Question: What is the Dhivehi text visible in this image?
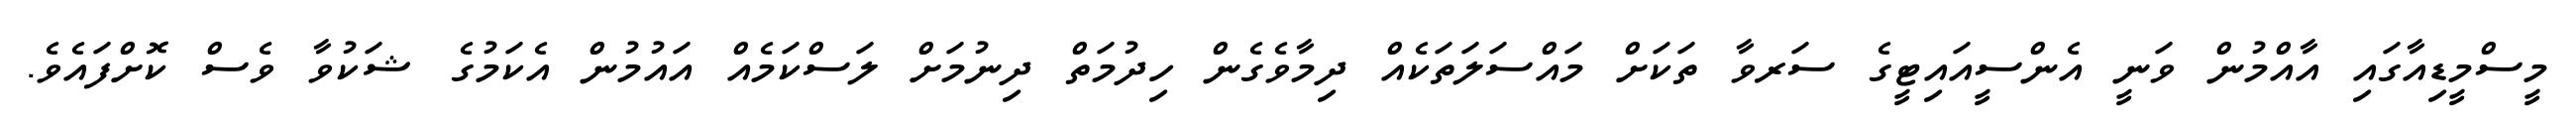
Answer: މީސްމީޑިއާގައި އާއްމުން ވަނީ އެންސީއައިޓީގެ ސަރވާ ތަކަށް މައްސަލަތަކެއް ދިމާވެގެން ހިދުމަތް ދިނުމަށް ލަސްކަމެއް އައުމުން އެކަމުގެ ޝަކުވާ ވެސް ކޮށްފައެވެ.